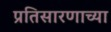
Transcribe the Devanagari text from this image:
प्रतिसारणाच्या